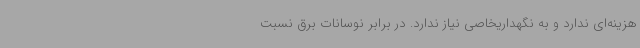
هزینه‌ای ندارد و به نگهداریخاصی نیاز ندارد. در برابر نوسانات برق نسبت